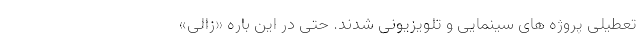
تعطیلی پروژه های سینمایی و تلویزیونی شدند. حتی در این باره «زالی»